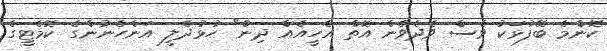
ކޮންމެ ބޭފުޅަކު ވެސް ވެދެވެން އޮތް އެހީއެއް ދިން" ހުޅުދެލީ އަންހެނުންގެ ކޮމެޓީގެ